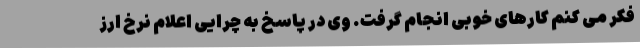
فکر می کنم کارهای خوبی انجام گرفت. وی در پاسخ به چرایی اعلام نرخ ارز